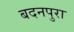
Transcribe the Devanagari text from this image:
बदनपुरा